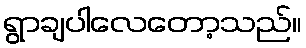
ရွာချပါလေတော့သည်။